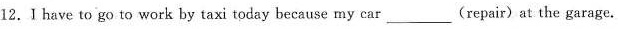
12.Ⅰ have to go to work by taxi today because my car___ (repair)at the garage.